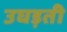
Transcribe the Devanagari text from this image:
उघड़ती